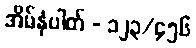
အိမ်နံပါတ် - ၁၂၃/၄၅၆